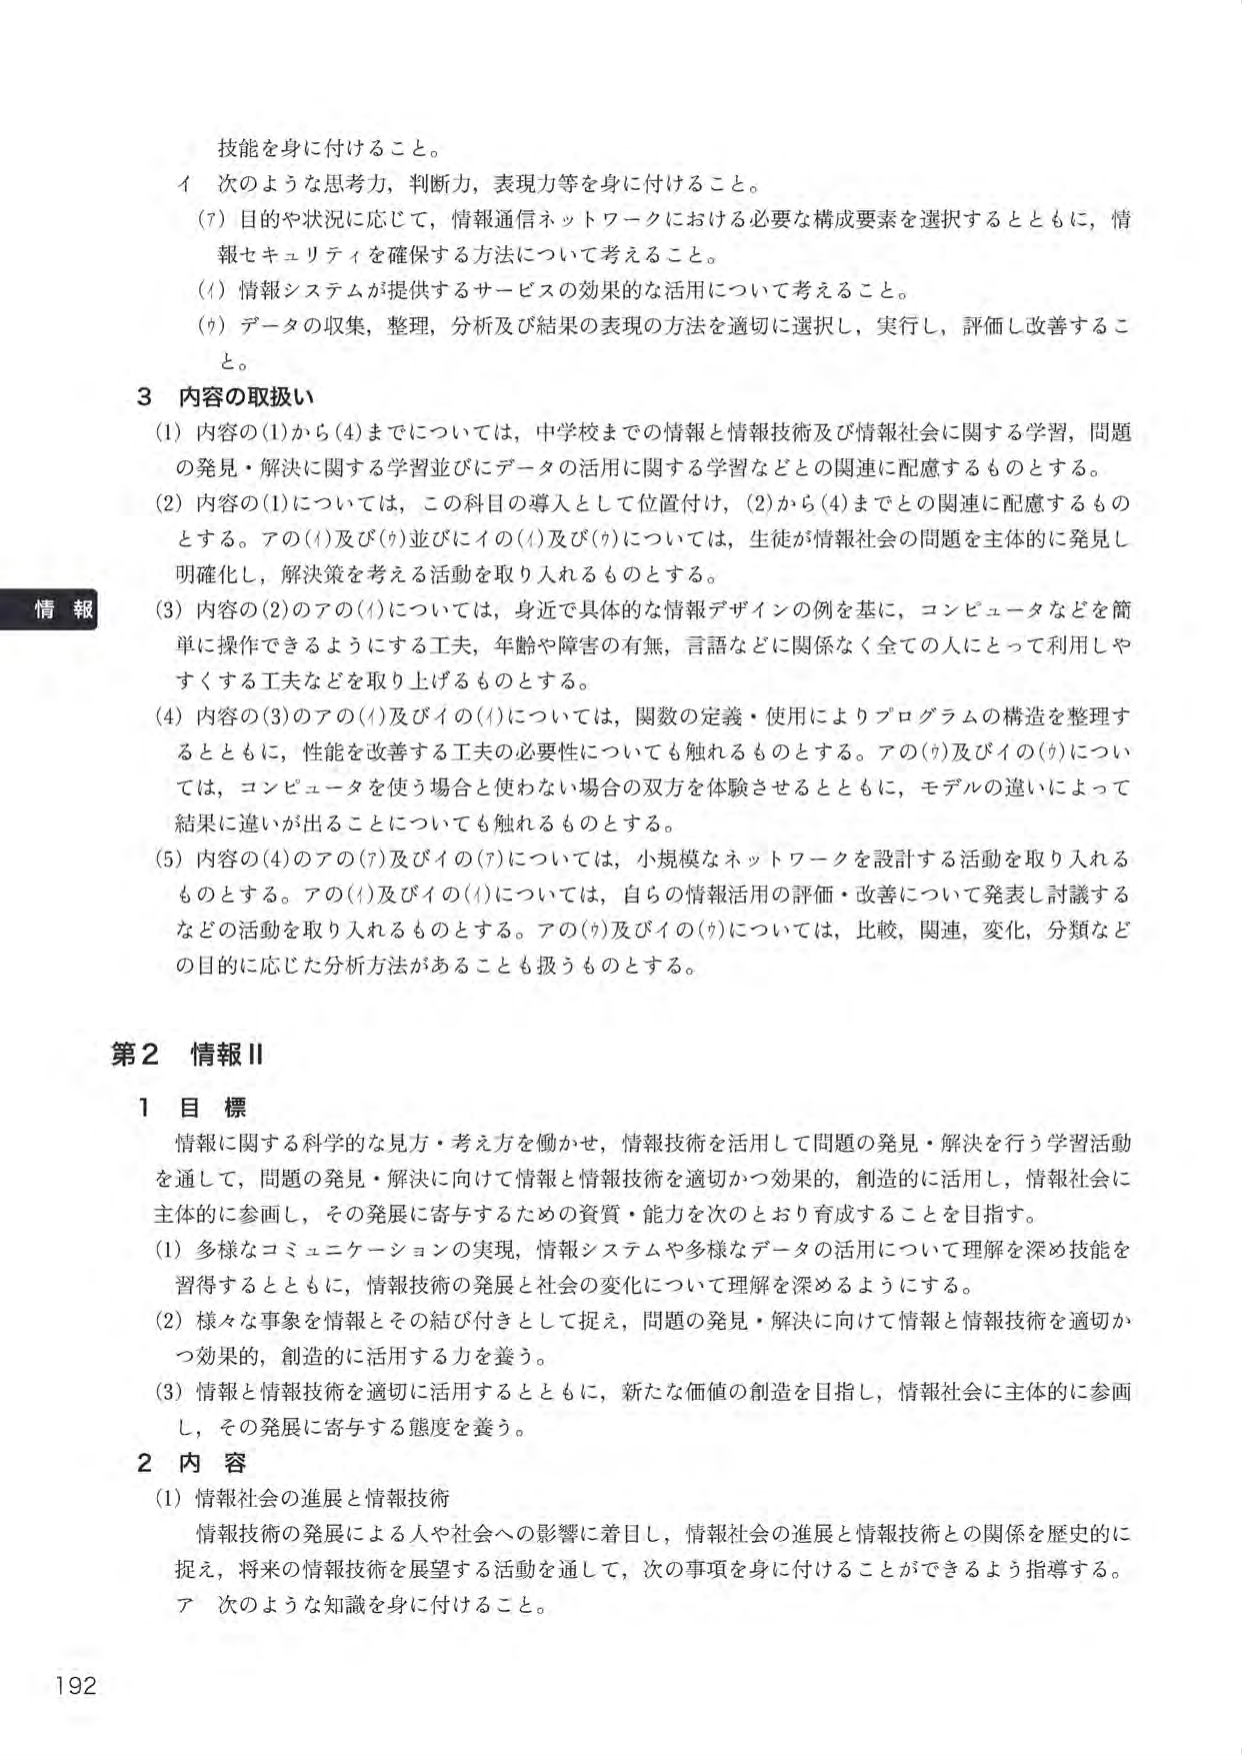
技能を身に付けること。

イ 次のような思考力、判断力、表現力等を身に付けること。

(7) 目的や状況に応じて、情報通信ネットワークにおける必要な構成要素を選択するとともに、情報セキュリティを確保する方法について考えること。

(4) 情報システムが提供するサービスの効果的な活用について考えること。

(7) データの収集、整理、分析及び結果の表現の方法を適切に選択し、実行し、評価し改善すること。

3 内容の取扱い

(1) 内容の(1)から(4)までについては、中学校までの情報と情報技術及び情報社会に関する学習、問題の発見・解決に関する学習並びにデータの活用に関する学習などとの関連に配慮するものとする。

(2) 内容の(1)については、この科目の導入として位置付け、(2)から(4)までとの関連に配慮するものとする。アの(4)及び(7)並びにイの(4)及び(7)については、生徒が情報社会の問題を主体的に発見し明確化し、解決策を考える活動を取り入れるものとする。

(3) 内容の(2)のアの(4)については、身近で具体的な情報デザインの例を基に、コンピュータなどを簡単に操作できるようにする工夫、年齢や障害の有無、言語などに関係なく全ての人にとって利用しやすくする工夫などを取り上げるものとする。

(4) 内容の(3)のアの(4)及びイの(4)については、関数の定義・使用によりプログラムの構造を整理するとともに、性能を改善する工夫の必要性についても触れるものとする。アの(7)及びイの(7)については、コンピュータを使う場合と使わない場合の双方を体験させるとともに、モデルの違いによって結果に違いが出ることについても触れるものとする。

(5) 内容の(4)のアの(7)及びイの(7)については、小規模なネットワークを設計する活動を取り入れるものとする。アの(4)及びイの(4)については、自らの情報活用の評価・改善について発表し討論するなどの活動を取り入れるものとする。アの(7)及びイの(7)については、比較、関連、変化、分類などの目的に応じた分析方法があることも扱うものとする。

第2 情報II

1 目標

情報に関する科学的な見方・考え方を働かせ、情報技術を活用して問題の発見・解決を行う学習活動を通して、問題の発見・解決に向けて情報と情報技術を適切かつ効果的、創造的に活用し、情報社会に主体的に参画し、その発展に寄与するための資質・能力を次のとおり育成することを目指す。

(1) 多様なコミュニケーションの実現、情報システムや多様なデータの活用について理解を深め技能を習得するとともに、情報技術の発展と社会の変化について理解を深めるようにする。

(2) 様々な事象を情報とその結び付きとして捉え、問題の発見・解決に向けて情報と情報技術を適切かつ効果的、創造的に活用する力を養う。

(3) 情報と情報技術を適切に活用するとともに、新たな価値の創造を目指し、情報社会に主体的に参画し、その発展に寄与する態度を養う。

2 内容

(1) 情報社会の進展と情報技術

情報技術の発展による人や社会への影響に着目し、情報社会の進展と情報技術との関係を歴史的に捉え、将来の情報技術を展望する活動を通して、次の事項を身に付けることができるよう指導する。

ア 次のような知識を身に付けること。

情報

192